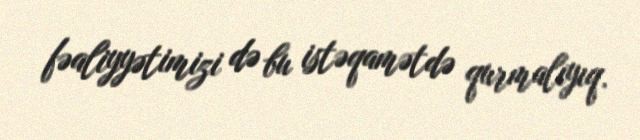
fəaliyyətimizi də bu istəqamətdə qurmalıyıq.